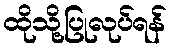
ထိုသို့ပြုလုပ်ရန်